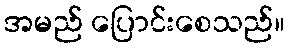
အမည် ပြောင်းစေသည်။